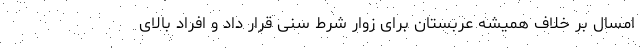
امسال بر خلاف همیشه عربستان برای زوار شرط سنی قرار داد و افراد بالای